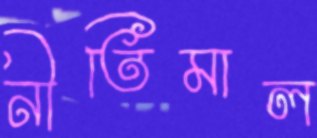
নীতিমাল